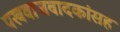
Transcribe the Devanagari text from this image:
पखवाजवादकांसह